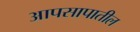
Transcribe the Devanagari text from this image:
आपसापातील